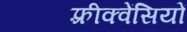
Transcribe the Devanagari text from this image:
फ़्रीक्वेंसियों